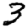
Digit: 3